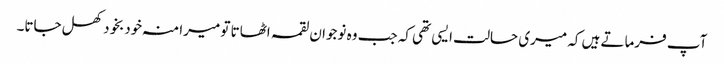
آپ فرماتے ہیں کہ میری حالت ایسی تھی کہ جب وہ نوجوان لقمہ اٹھاتا تو میرا منہ خودبخود کھل جاتا۔